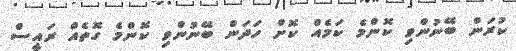
ކުރަން ބޭނުންވި ކޮންމެ ކަމެއް ކޮށް ހަދަން ބޭނުންވި ކޮންމެ ގޮތެއް ރައީސް